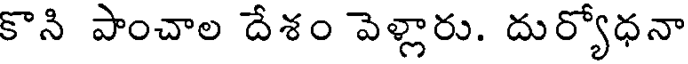
కొని పాంచాల దేశం వెళ్లారు. దుర్యోధనా